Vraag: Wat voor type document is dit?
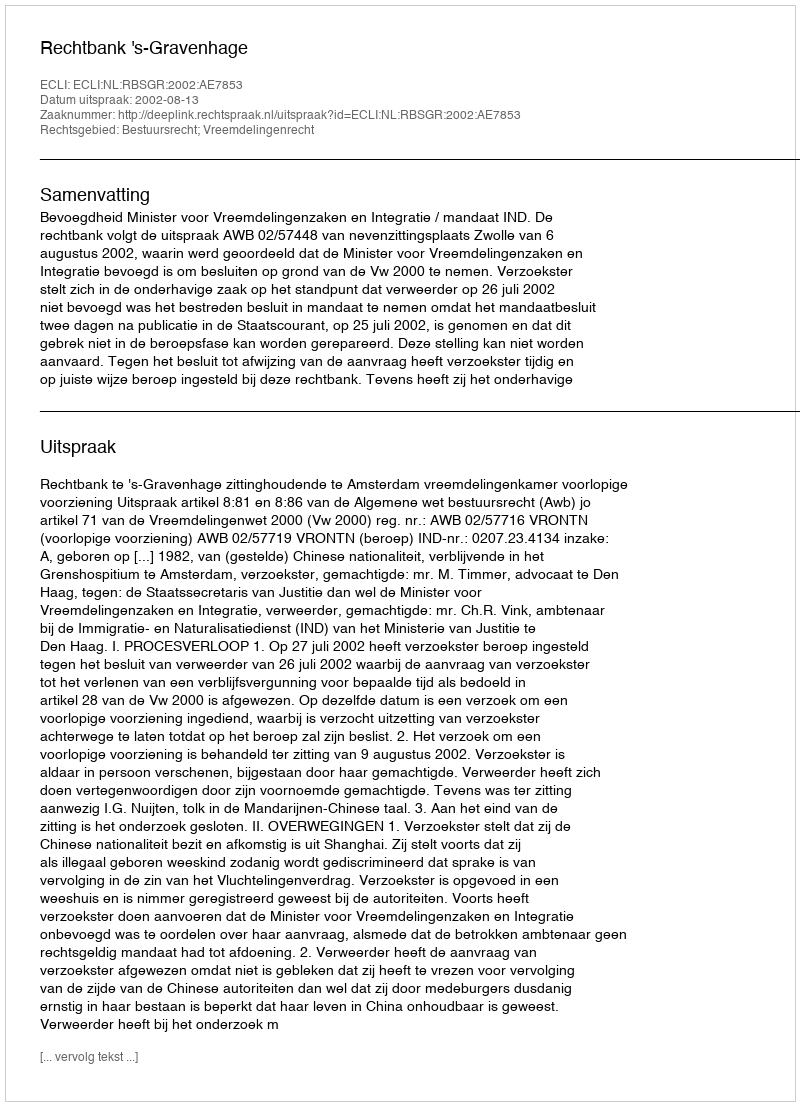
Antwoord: Uitspraak